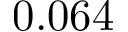
0 . 0 6 4